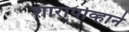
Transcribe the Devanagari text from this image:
शारापोव्हाने